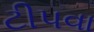
ટીપવા